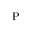
\mathrm { P }